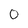
Character: 0